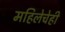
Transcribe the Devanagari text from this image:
महिलेचेही